Document type: Sale
Year: 1290
Scribe: Miquel Rotllan
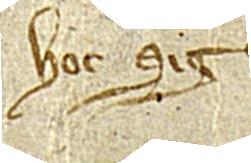
hoc Sig